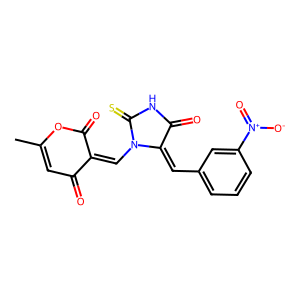
SMILES: CC1=CC(=O)C(=CN2C(=S)NC(=O)C2=Cc2cccc([N+](=O)[O-])c2)C(=O)O1
Inhibits HIV replication: No